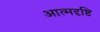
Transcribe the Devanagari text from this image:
आत्मदृष्टि